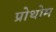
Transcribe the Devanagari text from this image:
प्रोथोम